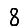
Digit: 8